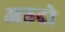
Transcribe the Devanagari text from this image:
अन्नदो